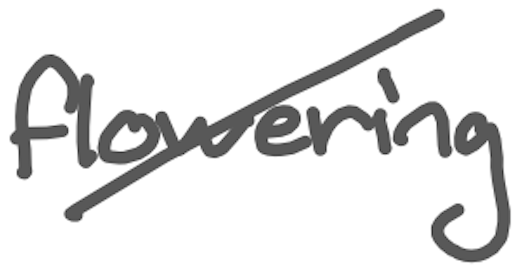
Text: flowering
Cross-out: diagonal
Writing tool: digital_gray